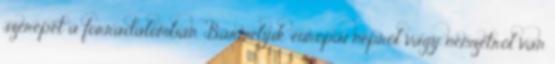
szerepét a forradalomban. Bármelyik európai népről vagy nemzetről van